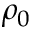
\rho _ { 0 }